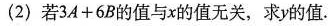
(2)若$$3A+6B$$的值与x的值无关，求y的值.